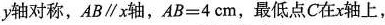
y轴对称，AB∥x轴，$$A B = 4 c m$$，最低点C在x轴上，